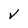
Character: V